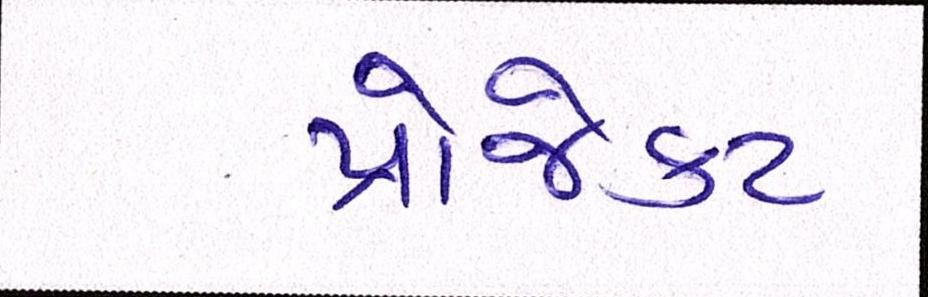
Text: પ્રોજેક્ટ